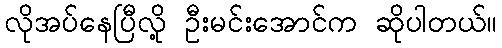
လိုအပ်နေပြီလို့ ဦးမင်းအောင်က ဆိုပါတယ်။